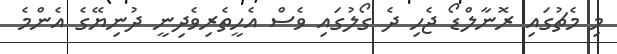
މި މެޗުގައި ރޮނާލްޑޯ ޖެހި ދެ ގޯލުގައި ވެސް އެހީތެރިވެދިނީ ދުނިޔޭގެ އެންމެ